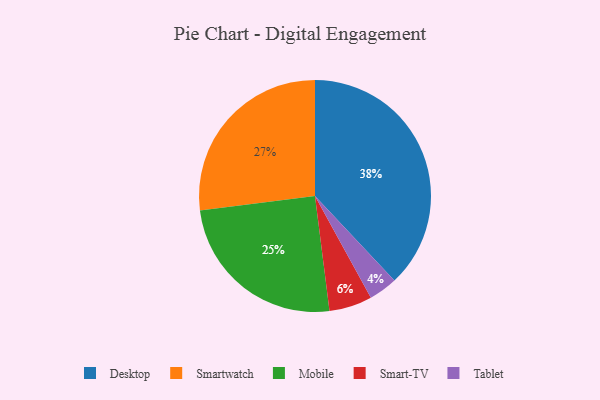
{"axis": {"x": "Category", "y": "Percentage"}, "legend": ["Desktop", "Mobile", "Smart-TV", "Smartwatch", "Tablet"], "data": [{"x": "Desktop", "y": 38, "type": "Desktop"}, {"x": "Smart-TV", "y": 6, "type": "Smart-TV"}, {"x": "Smartwatch", "y": 27, "type": "Smartwatch"}, {"x": "Mobile", "y": 25, "type": "Mobile"}, {"x": "Tablet", "y": 4, "type": "Tablet"}]}